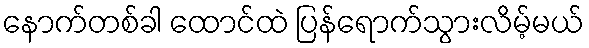
နောက်တစ်ခါ ထောင်ထဲ ပြန်ရောက်သွားလိမ့်မယ်